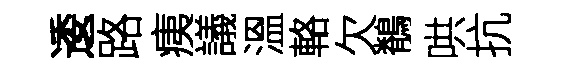
逶路痍議溫輅欠鶺哄抗